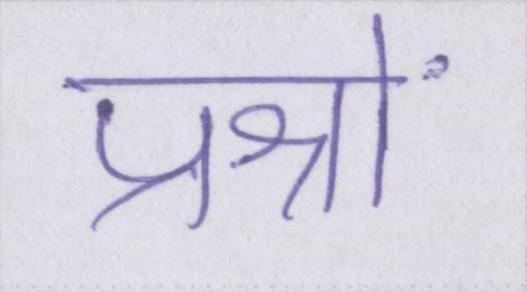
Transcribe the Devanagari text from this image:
प्रश्नों